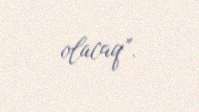
olacaq”.